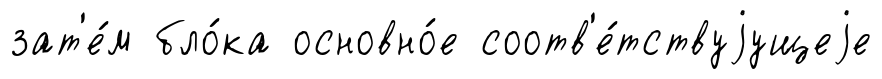
зат'е́м бло́ка основно́е соотв'е́тствуjущеjе